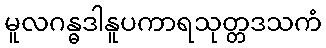
မူလဂန္ဓဒါနူပကာရသုတ္တဒသကံ